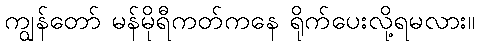
ကျွန်တော် မန်မိုရီကတ်ကနေ ရိုက်ပေးလို့ရမလား။